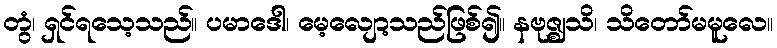
တွံ၊ ရှင်ရသေ့သည်။ ပမာဒေါ၊ မေ့လျော့သည်ဖြစ်၍။ နဗုဇ္ဈသိ၊ သိတော်မမူလေ။